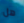
هل